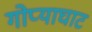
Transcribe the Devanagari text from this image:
गोप्याघाट